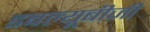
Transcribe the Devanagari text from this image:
डबल्यूबीजी